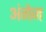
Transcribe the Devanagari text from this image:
अंगेज